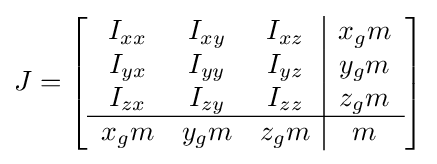
J=\left[{\begin{array}{ccc|c}I_{xx}&I_{xy}&I_{xz}&x_{g}m\\I_{yx}&I_{yy}&I_{yz}&y_{g}m\\I_{zx}&I_{zy}&I_{zz}&z_{g}m\\\hline x_{g}m&y_{g}m&z_{g}m&m\end{array}}\right]